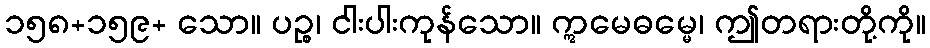
၁၅၈+၁၅၉+ သော။ ပဉ္စ၊ ငါးပါးကုန်သော။ ဣမေဓမ္မေ၊ ဤတရားတို့ကို။